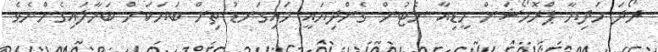
ރޯދަ ހަދިޔާ ޕްރޮމޯޝަން މީޑިއާ ނެޓުން ގެންދިޔައީ މައިގަނޑު ތިން ބަޔަކަށް ބަހާލައިގެންނެވެ.